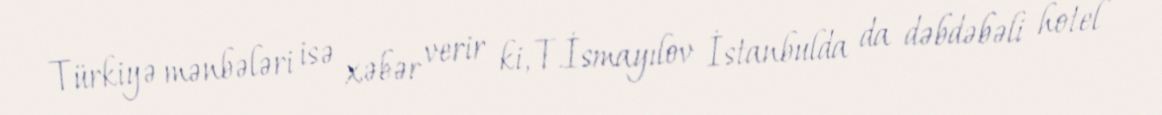
Türkiyə mənbələri isə xəbər verir ki, T.İsmayılov İstanbulda da dəbdəbəli hotel